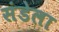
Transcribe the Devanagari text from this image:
संडेला